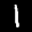
Label: 1